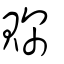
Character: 賝